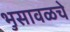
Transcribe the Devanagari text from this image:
भुसावळचे